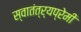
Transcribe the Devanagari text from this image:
स्वातंत्र्यप्रेमी